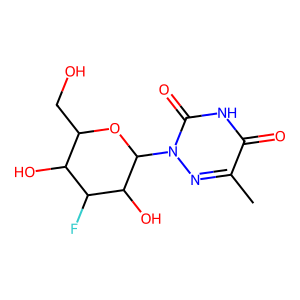
SMILES: Cc1nn(C2OC(CO)C(O)C(F)C2O)c(=O)[nH]c1=O
Inhibits HIV replication: No